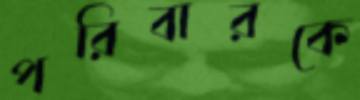
পরিবারকে